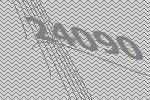
24090